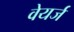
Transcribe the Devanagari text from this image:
वेयर्ज